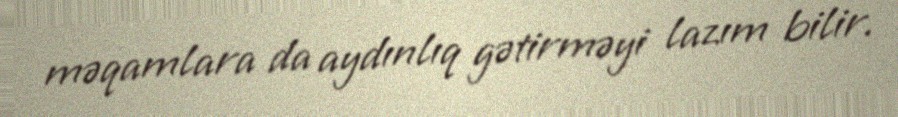
məqamlara da aydınlıq gətirməyi lazım bilir.